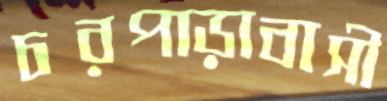
চরপাড়াবাসী